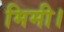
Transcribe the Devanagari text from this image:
मिमी।